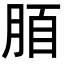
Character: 脜